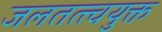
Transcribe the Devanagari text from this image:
जलतत्त्वयुक्त